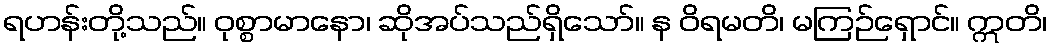
ရဟန်းတို့သည်။ ဝုစ္စာမာနော၊ ဆိုအပ်သည်ရှိသော်။ န ဝိရမတိ၊ မကြဉ်ရှောင်။ ဣတိ၊